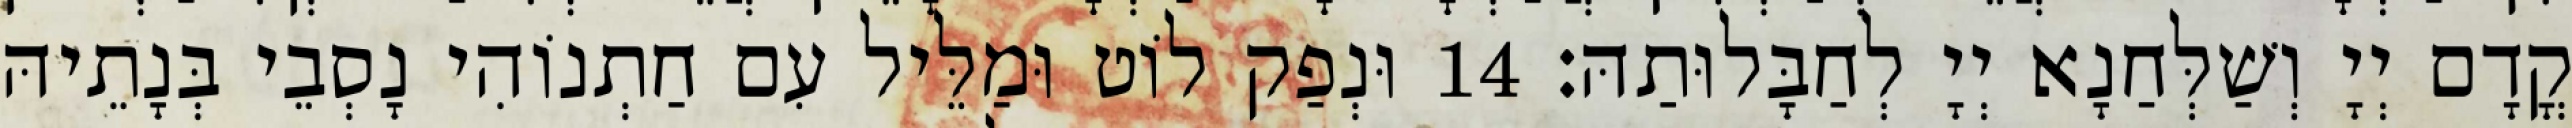
קֳדָם יְיָ וְשַׁלְּחַנָא יְיָ לְחַבָּלוּתַהּ׃ 14 וּנְפַק לוֹט וּמַלֵּיל עִם חַתְנוֹהִי נָסְבֵי בְּנָתֵיהּ